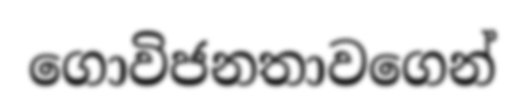
ගොවිජනතාවගෙන්